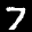
Label: 7